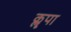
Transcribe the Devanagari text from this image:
कॣपा